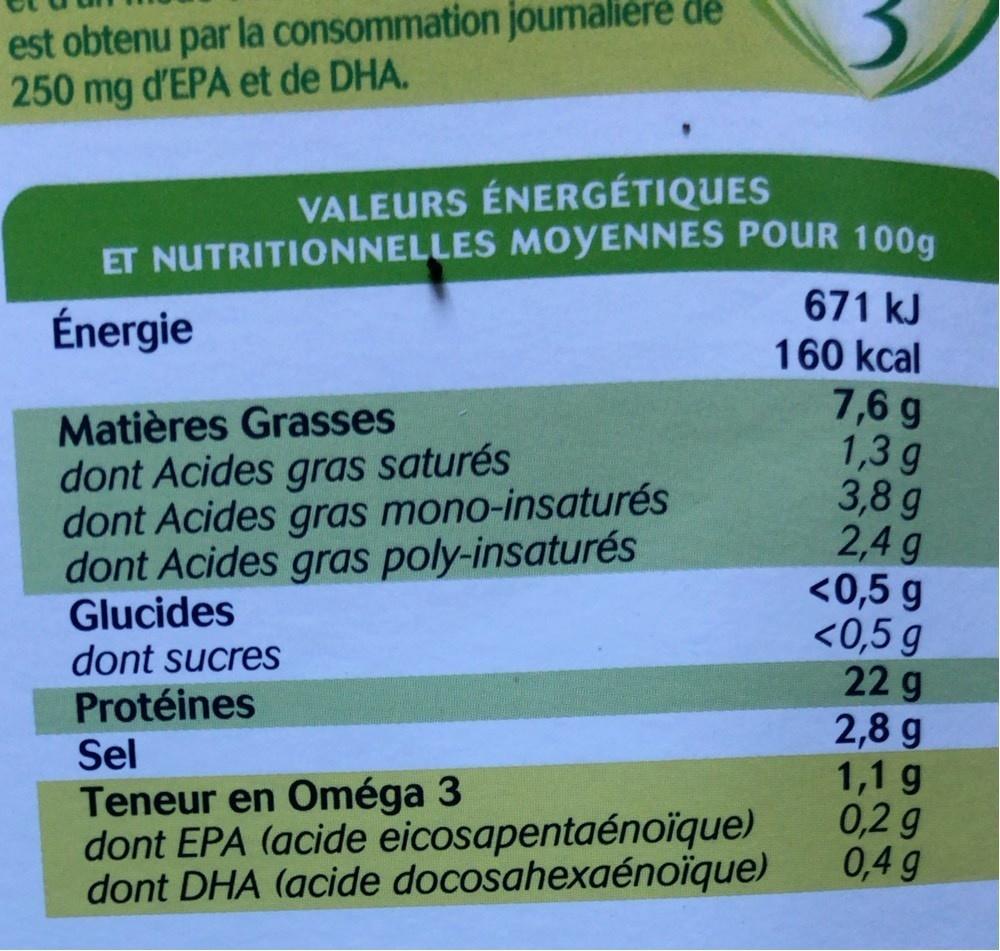
est obtenu par la consommation joumalièrë de 250 mg d'EPA et de DHA.
VALEURS ÉNERGÉTIQUES
ET NUTRITIONNELLES MOYENNES POUR 100g 671 kJ 160 kcal 7,6 g 1,3 g 3,8 g 2,4 g <0,5 g <0,5 g 22 g 2,8 g 1,1 g 0,2 g 0,4 g
Énergie
Matières Grasses dont Acides gras saturés dont Acides gras mono-insaturés dont Acides gras poly-insaturés Glucides dont sucres Protéines
Sel Teneur en Oméga 3 dont EPA (acide eicosapentaénoïque) dont DHA (acide docosahexaénoïque)